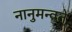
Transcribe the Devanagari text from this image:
नानुमन्वते